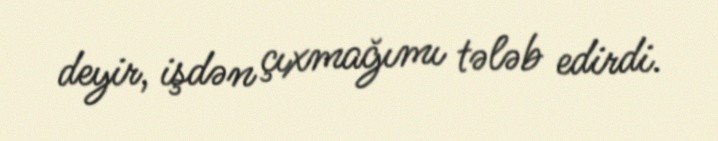
deyir, işdən çıxmağımı tələb edirdi.